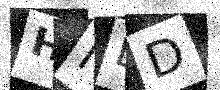
Text: HNLD